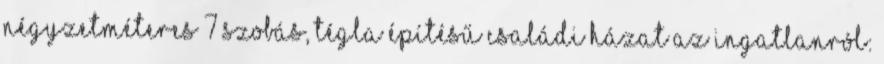
négyzetméteres 7 szobás, tégla építésű családi házat Az ingatlanról: